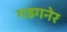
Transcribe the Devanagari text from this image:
गडगनेर